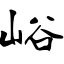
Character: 峪